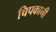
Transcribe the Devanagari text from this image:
चिपकानी